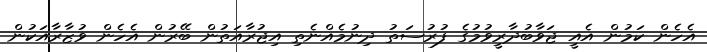
އެހެން ކަމުން އެއީ ޖަވާބުދާރީވުމުގެ ފުރުސަތު ދިނުމެއްނެތި އިޖުރާއަތުން ބޭރުން އެހެން ވުޒާރާއަކުން